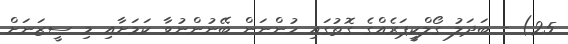
25) - ބަދަލު ގޯލްކީޕަރެއްގެ ގޮތުގައި ހުންނަން ބޭނުންނުވާ ކަމަށާއި މި ސީޒަނަށް